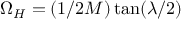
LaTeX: \Omega _ { H } = ( 1 / 2 M ) \tan ( \lambda / 2 )